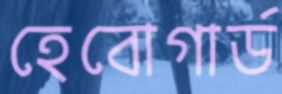
হেবোগার্ড